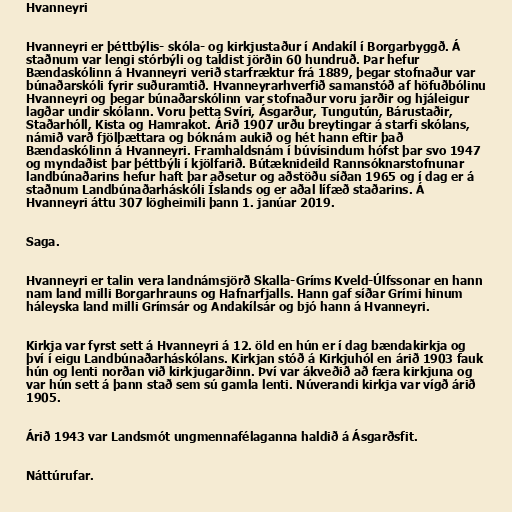
Hvanneyri

Hvanneyri er þéttbýlis- skóla- og kirkjustaður í Andakíl í Borgarbyggð. Á
staðnum var lengi stórbýli og taldist jörðin 60 hundruð. Þar hefur
Bændaskólinn á Hvanneyri verið starfræktur frá 1889, þegar stofnaður var
búnaðarskóli fyrir suðuramtið. Hvanneyrarhverfið samanstóð af höfuðbólinu
Hvanneyri og þegar búnaðarskólinn var stofnaður voru jarðir og hjáleigur
lagðar undir skólann. Voru þetta Svíri, Ásgarður, Tungutún, Bárustaðir,
Staðarhóll, Kista og Hamrakot. Árið 1907 urðu breytingar á starfi skólans,
námið varð fjölþættara og bóknám aukið og hét hann eftir það
Bændaskólinn á Hvanneyri. Framhaldsnám í búvísindum hófst þar svo 1947
og myndaðist þar þéttbýli í kjölfarið. Bútæknideild Rannsóknarstofnunar
landbúnaðarins hefur haft þar aðsetur og aðstöðu síðan 1965 og í dag er á
staðnum Landbúnaðarháskóli Íslands og er aðal lífæð staðarins. Á
Hvanneyri áttu 307 lögheimili þann 1. janúar 2019.

Saga.

Hvanneyri er talin vera landnámsjörð Skalla-Gríms Kveld-Úlfssonar en hann
nam land milli Borgarhrauns og Hafnarfjalls. Hann gaf síðar Grími hinum
háleyska land milli Grímsár og Andakílsár og bjó hann á Hvanneyri.

Kirkja var fyrst sett á Hvanneyri á 12. öld en hún er í dag bændakirkja og
því í eigu Landbúnaðarháskólans. Kirkjan stóð á Kirkjuhól en árið 1903 fauk
hún og lenti norðan við kirkjugarðinn. Því var ákveðið að færa kirkjuna og
var hún sett á þann stað sem sú gamla lenti. Núverandi kirkja var vígð árið
1905.

Árið 1943 var Landsmót ungmennafélaganna haldið á Ásgarðsfit.

Náttúrufar.